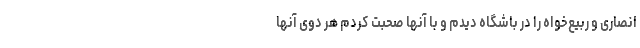
انصاری و ربیع‌خواه را در باشگاه دیدم و با آنها صحبت کردم هر دوی آنها